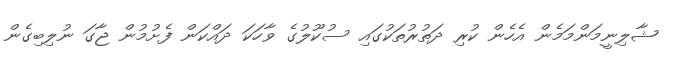
ޝާލިނީމަންމަމެން އެހެން ކުރި ދަތުރުތަކުގައި ސުކޫލުގެ ވާހަކަ ދައްކަން ފެށުމުން ޖާގަ ނުލިބިގެން